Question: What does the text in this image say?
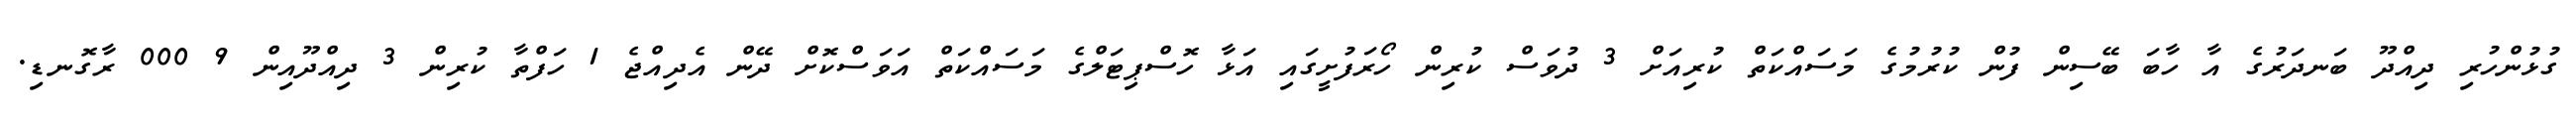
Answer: ގުޅުންހުރި ދިއްދޫ ބަނދަރުގެ އާ ހާބަ ބޭސިން ފުން ކުރުމުގެ މަސައްކަތް ކުރިއަށް 3 ދުވަސް ކުރިން ހޯރަފުށީގައި އަޅާ ހޮސްޕިޓަލްގެ މަސައްކަތް އަވަސްކޮށް ދޭން އެދިއްޖެ 1 ހަފްތާ ކުރިން 3 ދިއްދޫއިން 9 000 ރާގޮނޑި.